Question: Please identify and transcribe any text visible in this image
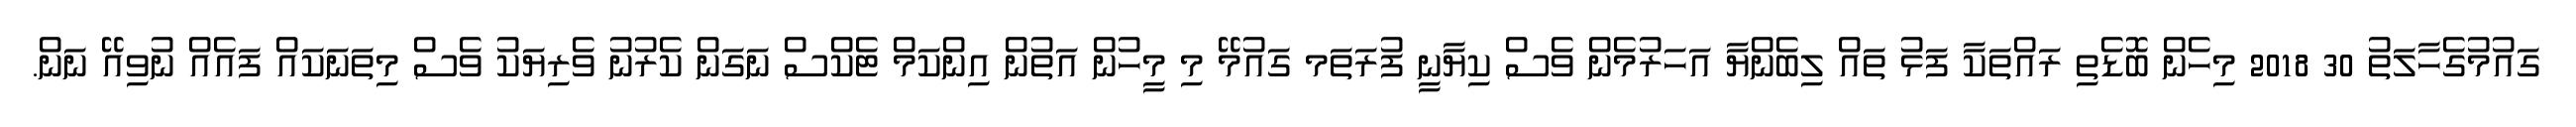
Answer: ގައުމުގެހާލަތު 30 2018 މިހެން ބޮޑެތި ރައްތަކާ ފަޅު ތައް ލިބެންޔާ އަހަރުމެން ވެސް ކިޔާނީ ފުރަތަމ ގައުމޭ މި މީހުން އަތުން އިންކަމް ޓެކްސް ނަގަން ކެރުނު ވެރިޔަކު ވެސް މިތަނަކައް ފައެއް ނުވިއޭ ނަން.